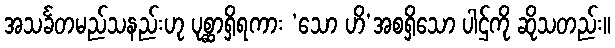
အသင်္ခတမည်သနည်းဟု ပုစ္ဆာရှိရကား ‘သော ဟိ’အစရှိသော ပါဌ်ကို ဆိုသတည်း။